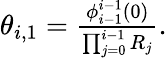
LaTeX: \begin{array}{r}{\theta_{i,1}=\frac{\phi_{i-1}^{i-1}(0)}{\prod_{j=0}^{i-1}R_{j}}.}\end{array}